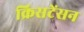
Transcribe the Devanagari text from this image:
क्रिसटेंसन